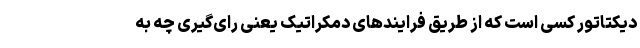
دیکتاتور کسی است که از طریق فرایندهای دمکراتیک یعنی رای‌گیری چه به